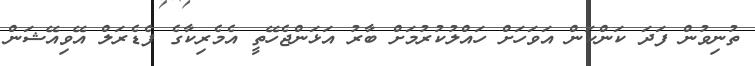
ތުނިވުން ފަދަ ކަންކަން އަވަހަށް ހައްލުކުރުމަށް ބާރު އަޅަންޖެހޭތީ އެމެރިކާގެ ފެޑެރަލް އޭވިއޭޝަން